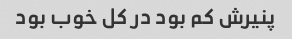
پنیرش کم بود در کل خوب بود